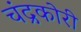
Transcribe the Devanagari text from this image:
चंद्रकोरी